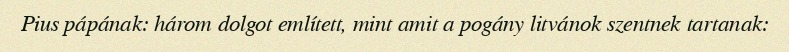
Pius pápának: három dolgot említett, mint amit a pogány litvánok szentnek tartanak: